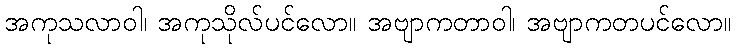
အကုသလာဝါ၊ အကုသိုလ်ပင်လော။ အဗျာကတာဝါ၊ အဗျာကတပင်လော။